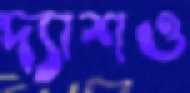
দ্যাশও